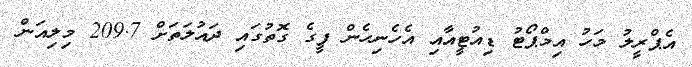
އެޕްރީލު މަހު އިމްޕޯޓު ޑިއުޓީއާއި އެހެނިހެން ފީގެ ގޮތުގައި ދައުލަތަށް 209.7 މިލިއަން